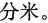
分米。